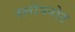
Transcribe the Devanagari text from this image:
स्लीपनोट